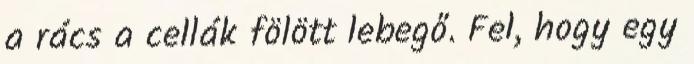
a rács a cellák fölött lebegő. Fel, hogy egy